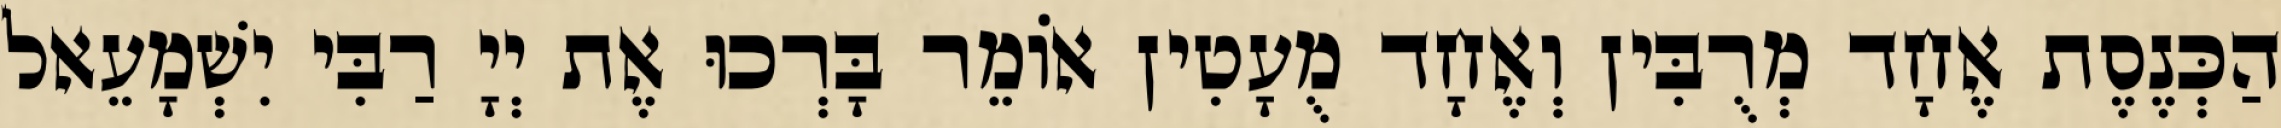
הַכְּנֶסֶת אֶחָד מְרֻבִּין וְאֶחָד מֻעָטִין אוֹמֵר בָּרְכוּ אֶת יְיָ רַבִּי יִשְׁמָעֵאל